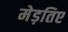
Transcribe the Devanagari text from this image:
मेड़तिए